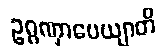
ဥဂ္ဂဏှာပေယျာတိ